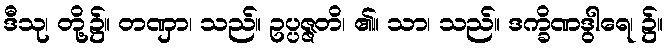
ဒီသု၊ တို့၌။ တဏှာ၊ သည်။ ဥပ္ပဇ္ဇတိ၊ ၏။ သာ၊ သည်။ ဒက္ခိဏဒွါရေ၊ ၌။